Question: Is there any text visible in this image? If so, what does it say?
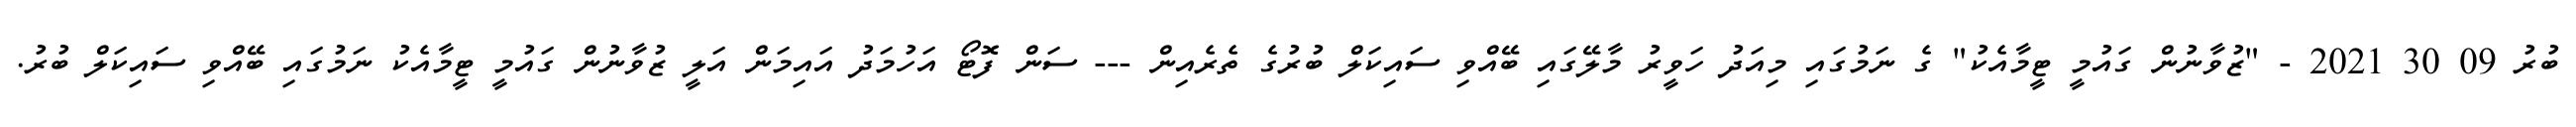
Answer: ބުރު 09 30 2021 - "ޒުވާނުން ގައުމީ ޓީމާއެކު" ގެ ނަމުގައި މިއަދު ހަވީރު މާލޭގައި ބޭއްވި ސައިކަލް ބުރުގެ ތެރެއިން --- ސަން ފޮޓޯ އަހުމަދު އައިމަން އަލީ ޒުވާނުން ގައުމީ ޓީމާއެކު ނަމުގައި ބޭއްވި ސައިކަލް ބުރު.